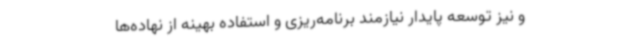
و نیز توسعه پایدار نیازمند برنامه‌ریزی و استفاده بهینه از نهاده‌ها